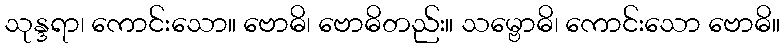
သုန္ဒရာ၊ ကောင်းသော။ ဗောဓိ၊ ဗောဓိတည်း။ သမ္ဗောဓိ၊ ကောင်းသော ဗောဓိ။